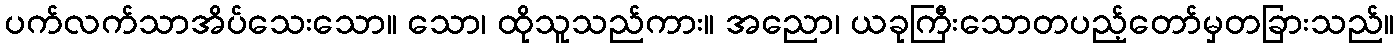
ပက်လက်သာအိပ်သေးသော။ သော၊ ထိုသူသည်ကား။ အညော၊ ယခုကြီးသောတပည့်တော်မှတခြားသည်။